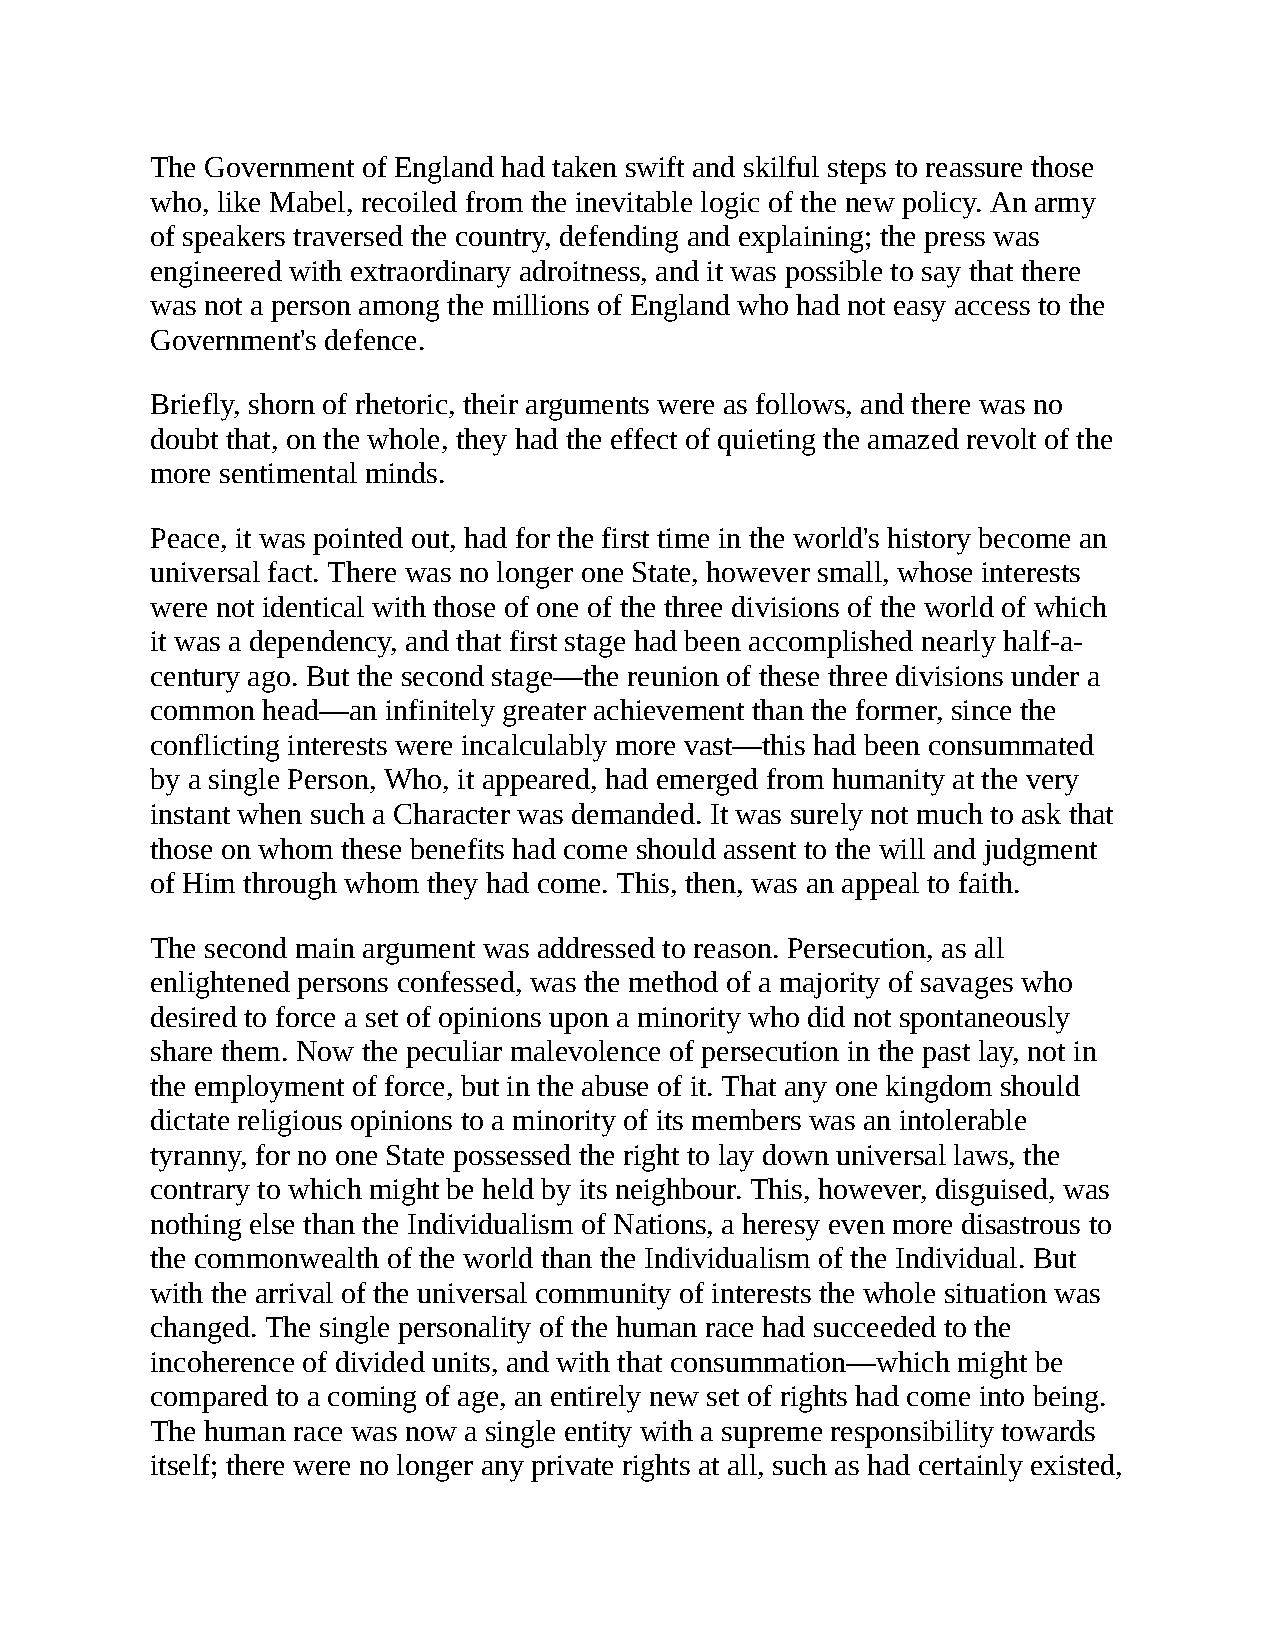
The Government of England had taken swift and skilful steps to reassure those
 who, like Mabel, recoiled from the inevitable logic of the new policy. An army
 of speakers traversed the country, defending and explaining; the press was
 engineered with extraordinary adroitness, and it was possible to say that there
 was not a person among the millions of England who had not easy access to the
 Government's defence.
 Briefly, shorn of rhetoric, their arguments were as follows, and there was no
 doubt that, on the whole, they had the effect of quieting the amazed revolt of the
 more sentimental minds.
 Peace, it was pointed out, had for the first time in the world's history become an
 universal fact. There was no longer one State, however small, whose interests
 were not identical with those of one of the three divisions of the world of which
 it was a dependency, and that first stage had been accomplished nearly half-a-
 century ago. But the second stage—the reunion of these three divisions under a
 common head—an infinitely greater achievement than the former, since the
 conflicting interests were incalculably more vast—this had been consummated
 by a single Person, Who, it appeared, had emerged from humanity at the very
 instant when such a Character was demanded. It was surely not much to ask that
 those on whom these benefits had come should assent to the will and judgment
 of Him through whom they had come. This, then, was an appeal to faith.
 The second main argument was addressed to reason. Persecution, as all
 enlightened persons confessed, was the method of a majority of savages who
 desired to force a set of opinions upon a minority who did not spontaneously
 share them. Now the peculiar malevolence of persecution in the past lay, not in
 the employment of force, but in the abuse of it. That any one kingdom should
 dictate religious opinions to a minority of its members was an intolerable
 tyranny, for no one State possessed the right to lay down universal laws, the
 contrary to which might be held by its neighbour. This, however, disguised, was
 nothing else than the Individualism of Nations, a heresy even more disastrous to
 the commonwealth of the world than the Individualism of the Individual. But
 with the arrival of the universal community of interests the whole situation was
 changed. The single personality of the human race had succeeded to the
 incoherence of divided units, and with that consummation—which might be
 compared to a coming of age, an entirely new set of rights had come into being.
 The human race was now a single entity with a supreme responsibility towards
 itself; there were no longer any private rights at all, such as had certainly existed,